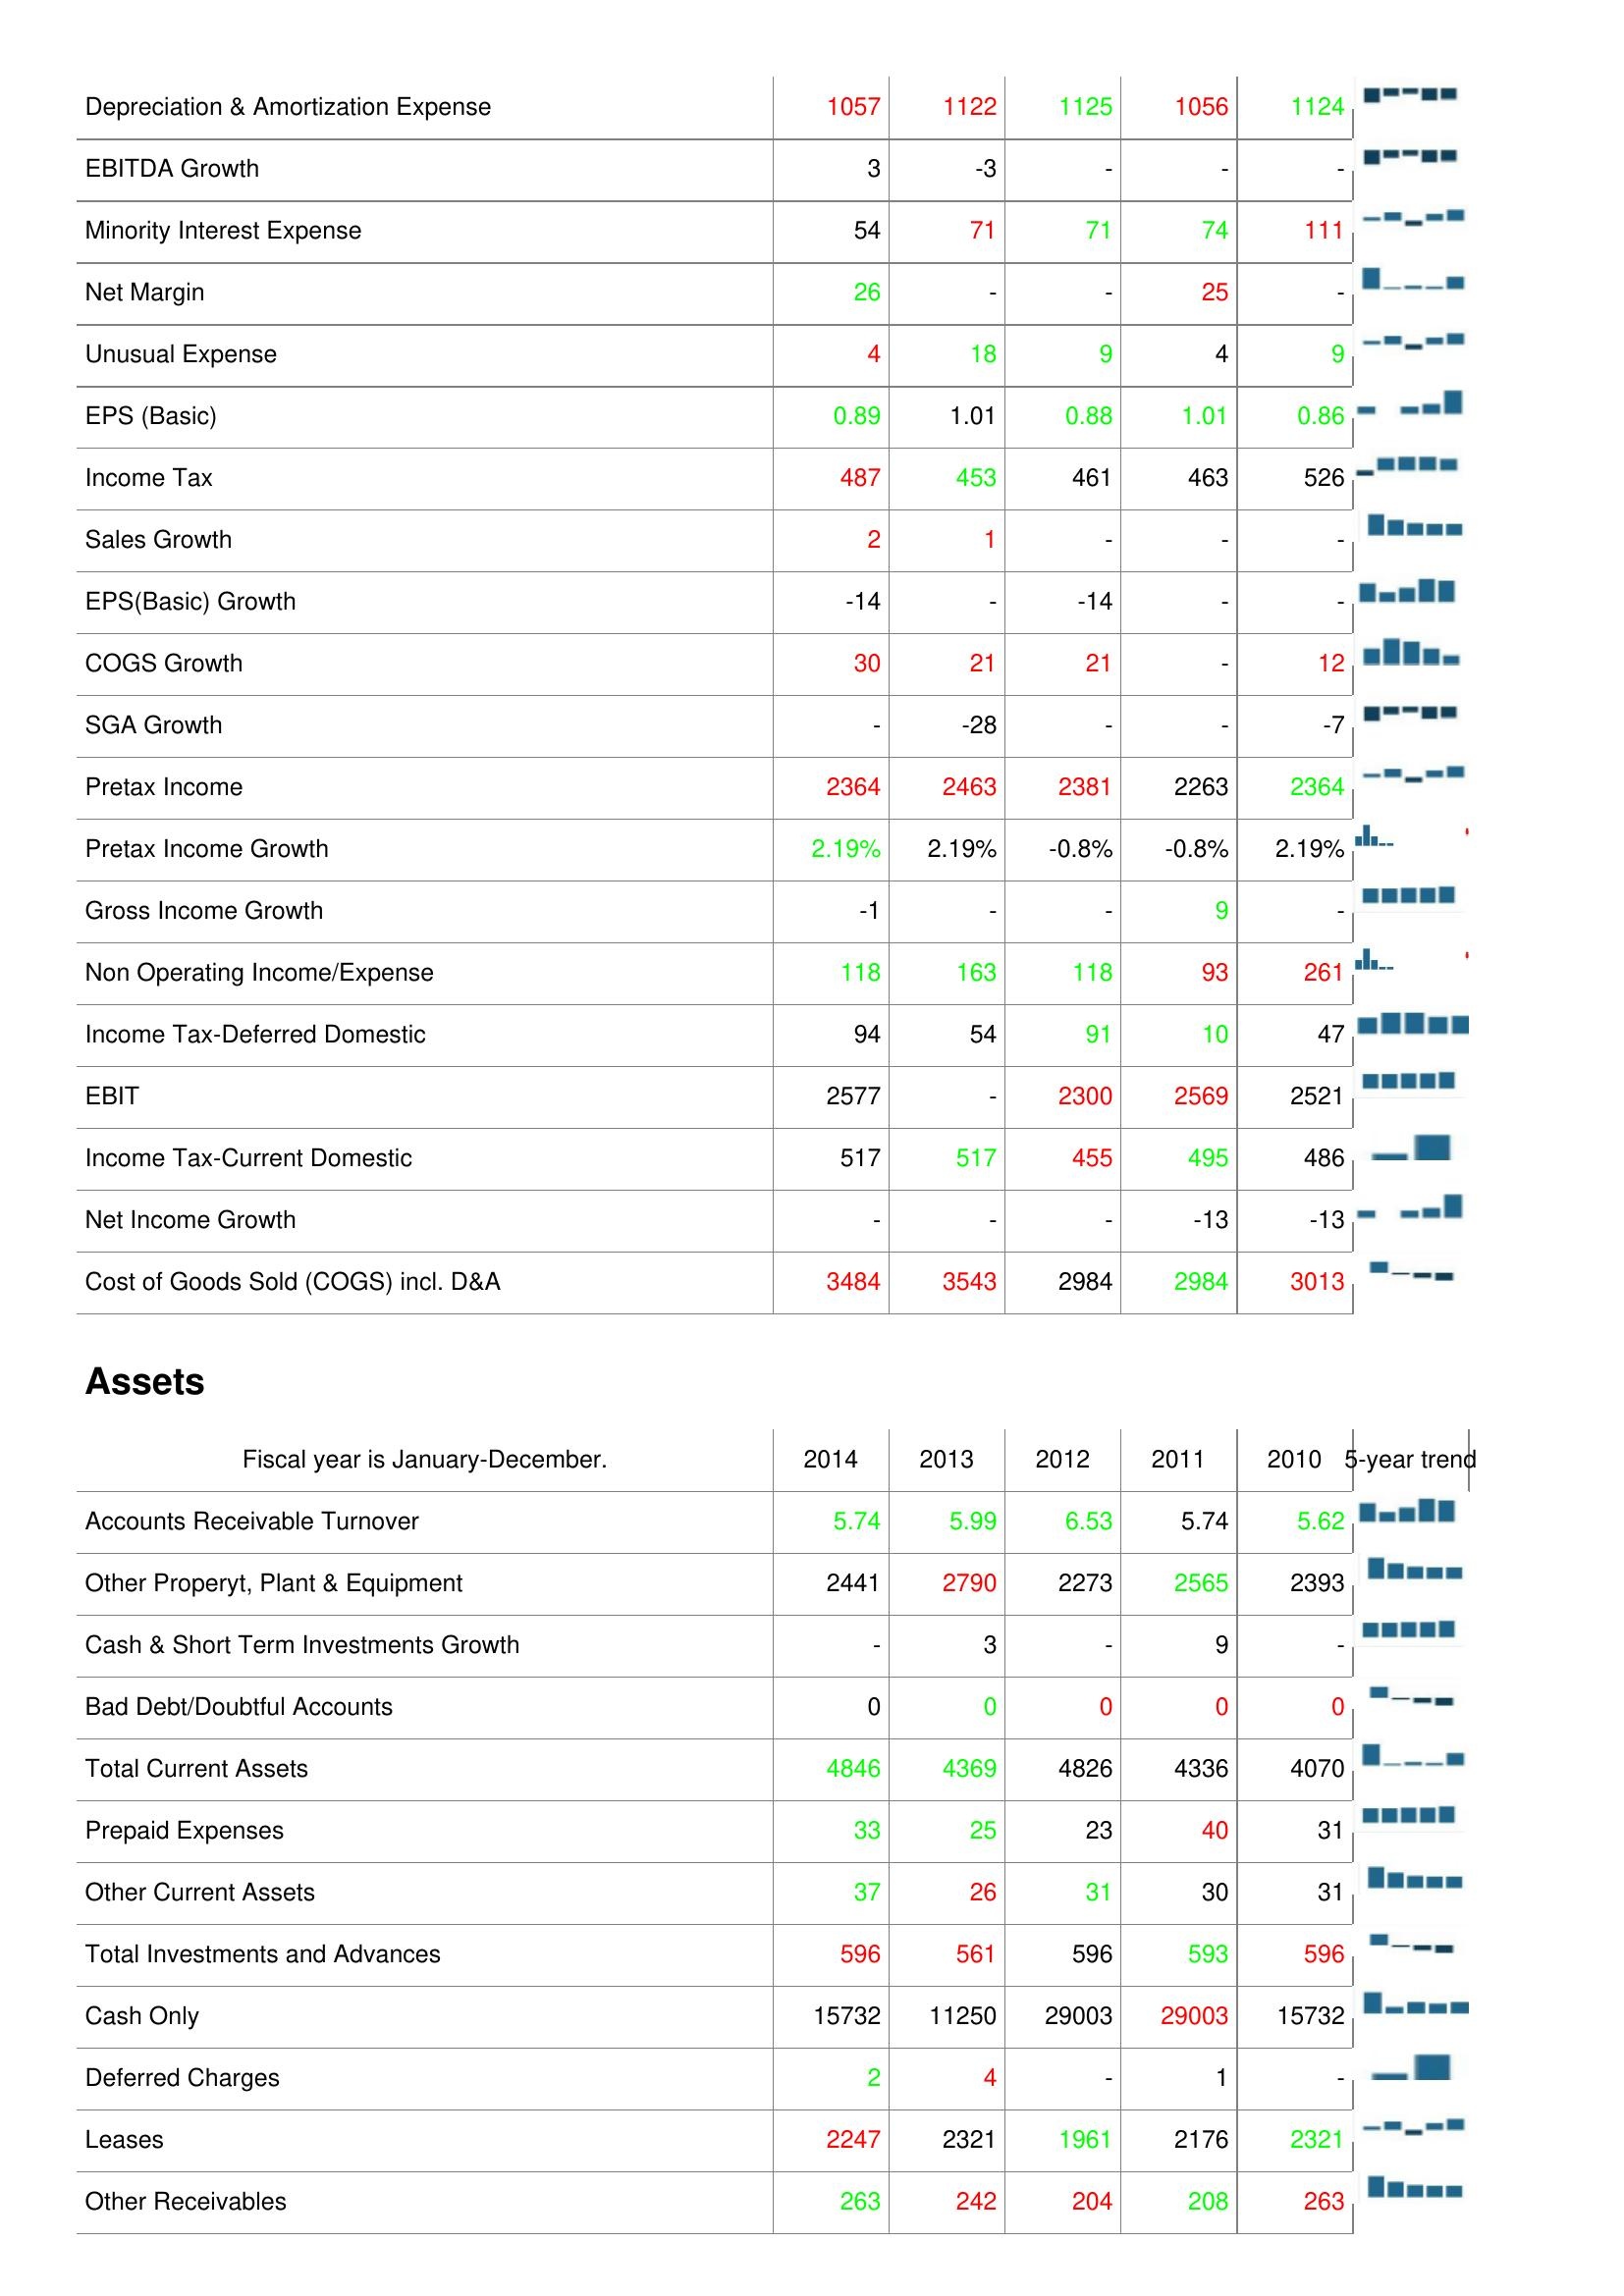
2014: : Depreciation & Amortization Expense: 1057
EBITDA Growth: 3
Minority Interest Expense: 54
Net Margin: 26
Unusual Expense: 4
EPS (Basic): 0.89
Income Tax: 487
Sales Growth: 2
EPS(Basic) Growth: -14
COGS Growth: 30
SGA Growth: -
Pretax Income: 2364
Pretax Income Growth: 2.19%
Gross Income Growth: -1
Non Operating Income/Expense: 118
Income Tax-Deferred Domestic: 94
EBIT: 2577
Income Tax-Current Domestic: 517
Net Income Growth: -
Cost of Goods Sold (COGS) incl. D&A: 3484
Assets: Accounts Receivable Turnover: 5.74
Other Properyt, Plant & Equipment: 2441
Cash & Short Term Investments Growth: -
Bad Debt/Doubtful Accounts: 0
Total Current Assets: 4846
Prepaid Expenses: 33
Other Current Assets: 37
Total Investments and Advances: 596
Cash Only: 15732
Deferred Charges: 2
Leases: 2247
Other Receivables: 263
2013: : Depreciation & Amortization Expense: 1122
EBITDA Growth: -3
Minority Interest Expense: 71
Net Margin: -
Unusual Expense: 18
EPS (Basic): 1.01
Income Tax: 453
Sales Growth: 1
EPS(Basic) Growth: -
COGS Growth: 21
SGA Growth: -28
Pretax Income: 2463
Pretax Income Growth: 2.19%
Gross Income Growth: -
Non Operating Income/Expense: 163
Income Tax-Deferred Domestic: 54
EBIT: -
Income Tax-Current Domestic: 517
Net Income Growth: -
Cost of Goods Sold (COGS) incl. D&A: 3543
Assets: Accounts Receivable Turnover: 5.99
Other Properyt, Plant & Equipment: 2790
Cash & Short Term Investments Growth: 3
Bad Debt/Doubtful Accounts: 0
Total Current Assets: 4369
Prepaid Expenses: 25
Other Current Assets: 26
Total Investments and Advances: 561
Cash Only: 11250
Deferred Charges: 4
Leases: 2321
Other Receivables: 242
2012: : Depreciation & Amortization Expense: 1125
EBITDA Growth: -
Minority Interest Expense: 71
Net Margin: -
Unusual Expense: 9
EPS (Basic): 0.88
Income Tax: 461
Sales Growth: -
EPS(Basic) Growth: -14
COGS Growth: 21
SGA Growth: -
Pretax Income: 2381
Pretax Income Growth: -0.8%
Gross Income Growth: -
Non Operating Income/Expense: 118
Income Tax-Deferred Domestic: 91
EBIT: 2300
Income Tax-Current Domestic: 455
Net Income Growth: -
Cost of Goods Sold (COGS) incl. D&A: 2984
Assets: Accounts Receivable Turnover: 6.53
Other Properyt, Plant & Equipment: 2273
Cash & Short Term Investments Growth: -
Bad Debt/Doubtful Accounts: 0
Total Current Assets: 4826
Prepaid Expenses: 23
Other Current Assets: 31
Total Investments and Advances: 596
Cash Only: 29003
Deferred Charges: -
Leases: 1961
Other Receivables: 204
2011: : Depreciation & Amortization Expense: 1056
EBITDA Growth: -
Minority Interest Expense: 74
Net Margin: 25
Unusual Expense: 4
EPS (Basic): 1.01
Income Tax: 463
Sales Growth: -
EPS(Basic) Growth: -
COGS Growth: -
SGA Growth: -
Pretax Income: 2263
Pretax Income Growth: -0.8%
Gross Income Growth: 9
Non Operating Income/Expense: 93
Income Tax-Deferred Domestic: 10
EBIT: 2569
Income Tax-Current Domestic: 495
Net Income Growth: -13
Cost of Goods Sold (COGS) incl. D&A: 2984
Assets: Accounts Receivable Turnover: 5.74
Other Properyt, Plant & Equipment: 2565
Cash & Short Term Investments Growth: 9
Bad Debt/Doubtful Accounts: 0
Total Current Assets: 4336
Prepaid Expenses: 40
Other Current Assets: 30
Total Investments and Advances: 593
Cash Only: 29003
Deferred Charges: 1
Leases: 2176
Other Receivables: 208
2010: : Depreciation & Amortization Expense: 1124
EBITDA Growth: -
Minority Interest Expense: 111
Net Margin: -
Unusual Expense: 9
EPS (Basic): 0.86
Income Tax: 526
Sales Growth: -
EPS(Basic) Growth: -
COGS Growth: 12
SGA Growth: -7
Pretax Income: 2364
Pretax Income Growth: 2.19%
Gross Income Growth: -
Non Operating Income/Expense: 261
Income Tax-Deferred Domestic: 47
EBIT: 2521
Income Tax-Current Domestic: 486
Net Income Growth: -13
Cost of Goods Sold (COGS) incl. D&A: 3013
Assets: Accounts Receivable Turnover: 5.62
Other Properyt, Plant & Equipment: 2393
Cash & Short Term Investments Growth: -
Bad Debt/Doubtful Accounts: 0
Total Current Assets: 4070
Prepaid Expenses: 31
Other Current Assets: 31
Total Investments and Advances: 596
Cash Only: 15732
Deferred Charges: -
Leases: 2321
Other Receivables: 263